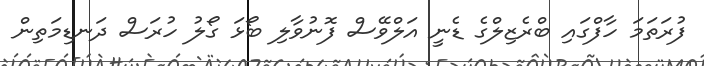
ފުރަތަމަ ހާފްގައި ބްރެޒިލްގެ ޑެނީ އަލްވޭސް ފޮނުވާލި ބޯޅަ ގޯލު ހުރަސް ދަނޑިމަތިން